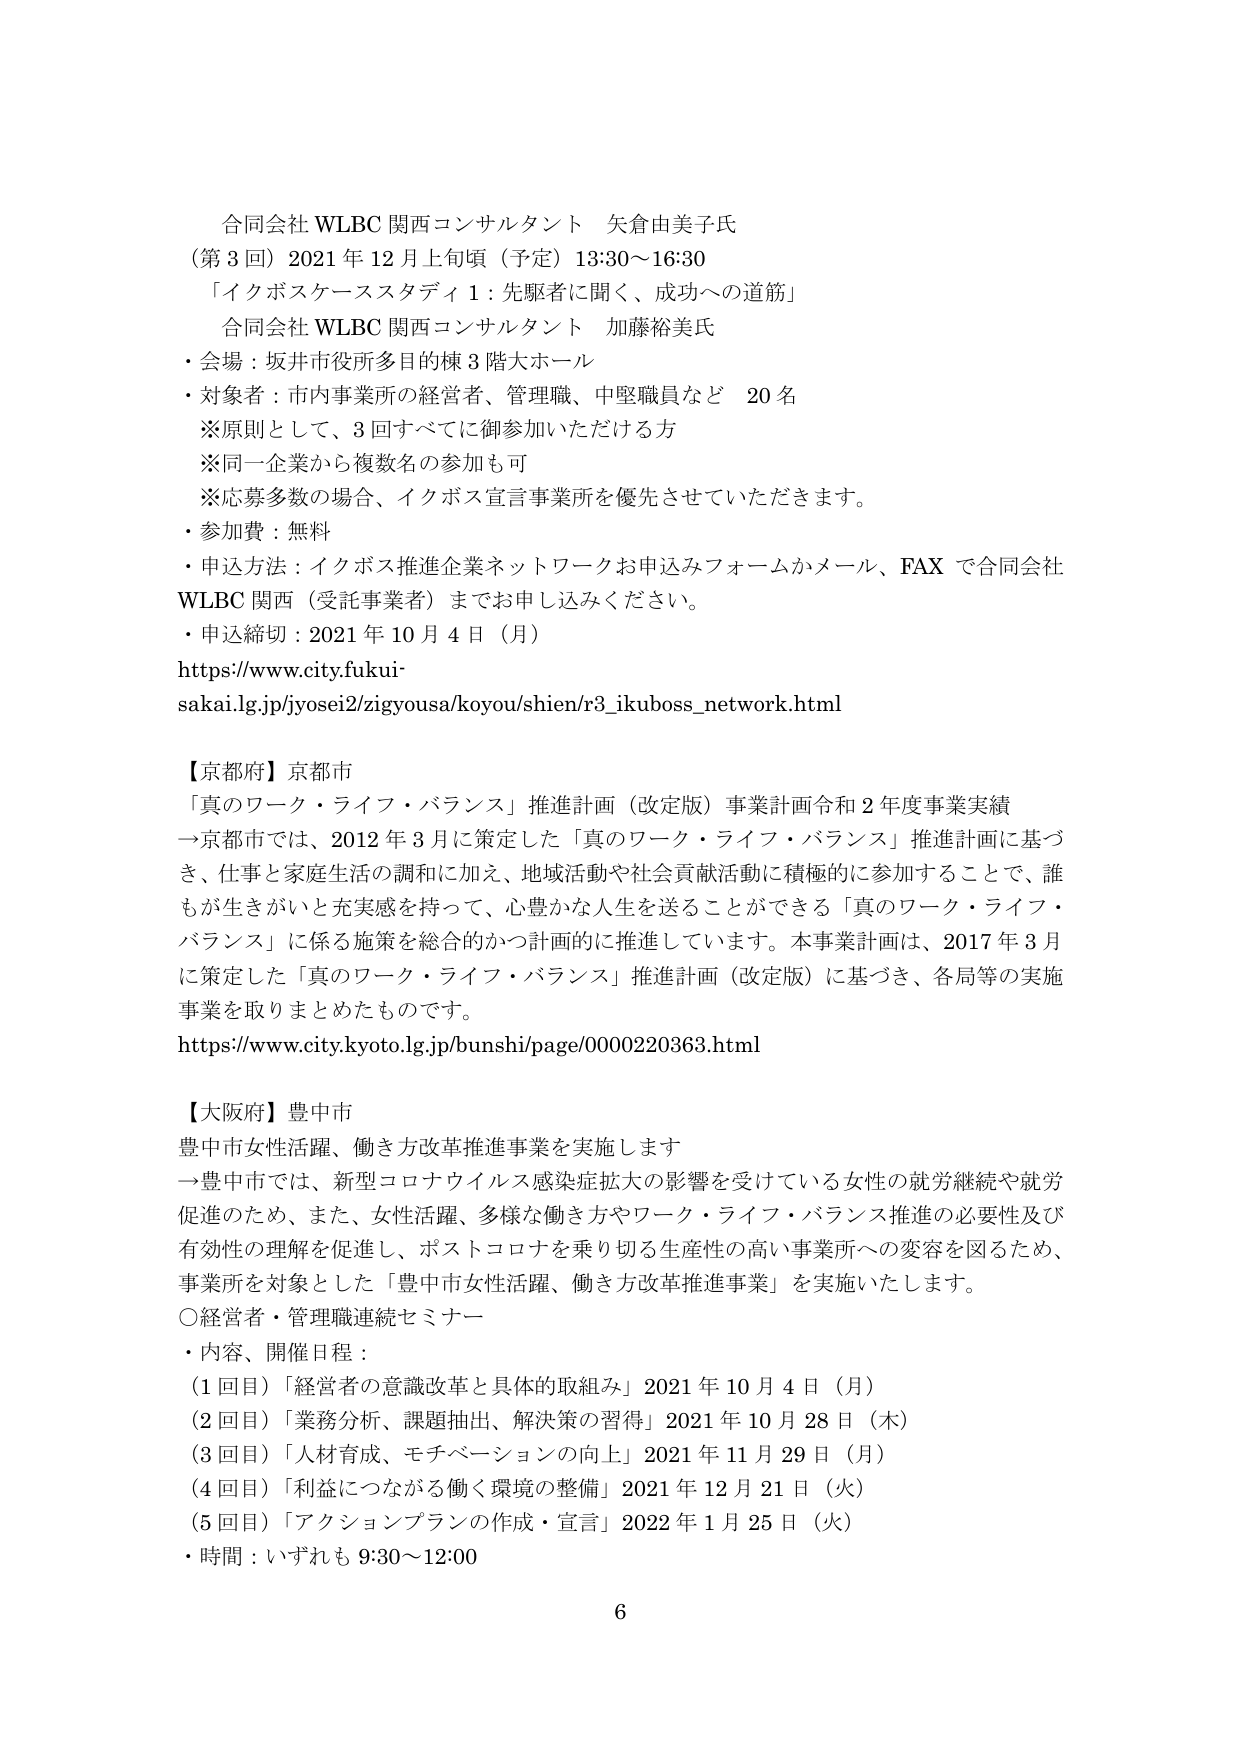
合同会社 WLBC 関西コンサルタント 矢倉由美子氏
（第３回）2021年12月上旬頃（予定）13:30～16:30
「イクボスケーススタディ１：先駆者に聞く、成功への道筋」
合同会社 WLBC 関西コンサルタント 加藤裕美氏
・会場：坂井市役所多目的棟３階大ホール
・対象者：市内事業所の経営者、管理職、中堅職員など 20名
　※原則として、3回すべてに御参加いただける方
　※同一企業から複数名の参加も可
　※応募多数の場合、イクボス宣言事業所を優先させていただきます。
・参加費：無料
・申込方法：イクボス推進企業ネットワークお申込みフォームかメール、FAXで合同会社WLBC 関西（受託事業者）までお申し込みください。
・申込締切：2021年10月4日（月）
https://www.city.fukui-sakai.lg.jp/jyosei2/zigyousa/koyou/shien/r3_ikuboss_network.html

【京都府】京都市
「真のワーク・ライフ・バランス」推進計画（改定版）事業計画令和2年度事業実績
→京都市では、2012年3月に策定した「真のワーク・ライフ・バランス」推進計画に基づき、仕事と家庭生活の調和に加え、地域活動や社会貢献活動に積極的に参加することで、誰もが生きがいと充実感を持って、心豊かな人生を送ることができる「真のワーク・ライフ・バランス」に係る施策を総合的かつ計画的に推進しています。本事業計画は、2017年3月に策定した「真のワーク・ライフ・バランス」推進計画（改定版）に基づき、各局等の実施事業を取りまとめたものです。
https://www.city.kyoto.lg.jp/bunshi/page/0000220363.html

【大阪府】豊中市
豊中市女性活躍、働き方改革推進事業を実施します
→豊中市では、新型コロナウイルス感染症拡大の影響を受けている女性の就労継続や就労促進のため、また、女性活躍、多様な働き方やワーク・ライフ・バランス推進の必要性及び有効性の理解を促進し、ポストコロナを乗り切る生産性の高い事業所への変容を図るため、事業所を対象とした「豊中市女性活躍、働き方改革推進事業」を実施いたします。
〇経営者・管理職連続セミナー
・内容、開催日程：
（1回目）「経営者の意識改革と具体的取組み」2021年10月4日（月）
（2回目）「業務分析、課題抽出、解決策の習得」2021年10月28日（木）
（3回目）「人材育成、モチベーションの向上」2021年11月29日（月）
（4回目）「利益につながる働く環境の整備」2021年12月21日（火）
（5回目）「アクションプランの作成・宣言」2022年1月25日（火）
・時間：いずれも9:30～12:00
6